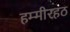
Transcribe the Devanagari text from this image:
हम्मीरहठ